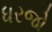
ધરજો